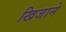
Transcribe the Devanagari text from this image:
खिजाने